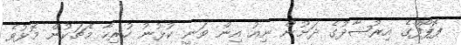
ޕޮޕޯފްގެ އިރުޝާދުގެ ދަށުން ނިއު އިން ވަނީ ކުޅުނު ހުރިހާ މެޗަކުން މޮޅުވެ